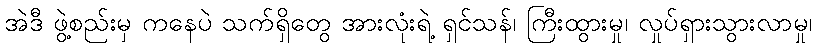
အဲဒီ ဖွဲ့စည်းမှ ကနေပဲ သက်ရှိတွေ အားလုံးရဲ့ ရှင်သန်၊ ကြီးထွားမှု၊ လှုပ်ရှားသွားလာမှု၊